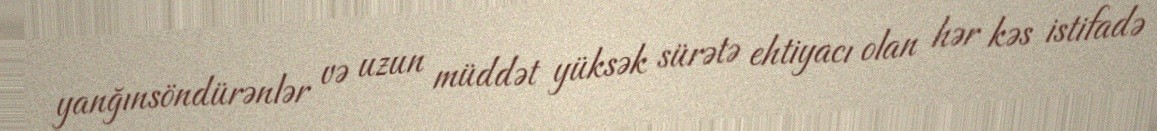
yanğınsöndürənlər və uzun müddət yüksək sürətə ehtiyacı olan hər kəs istifadə